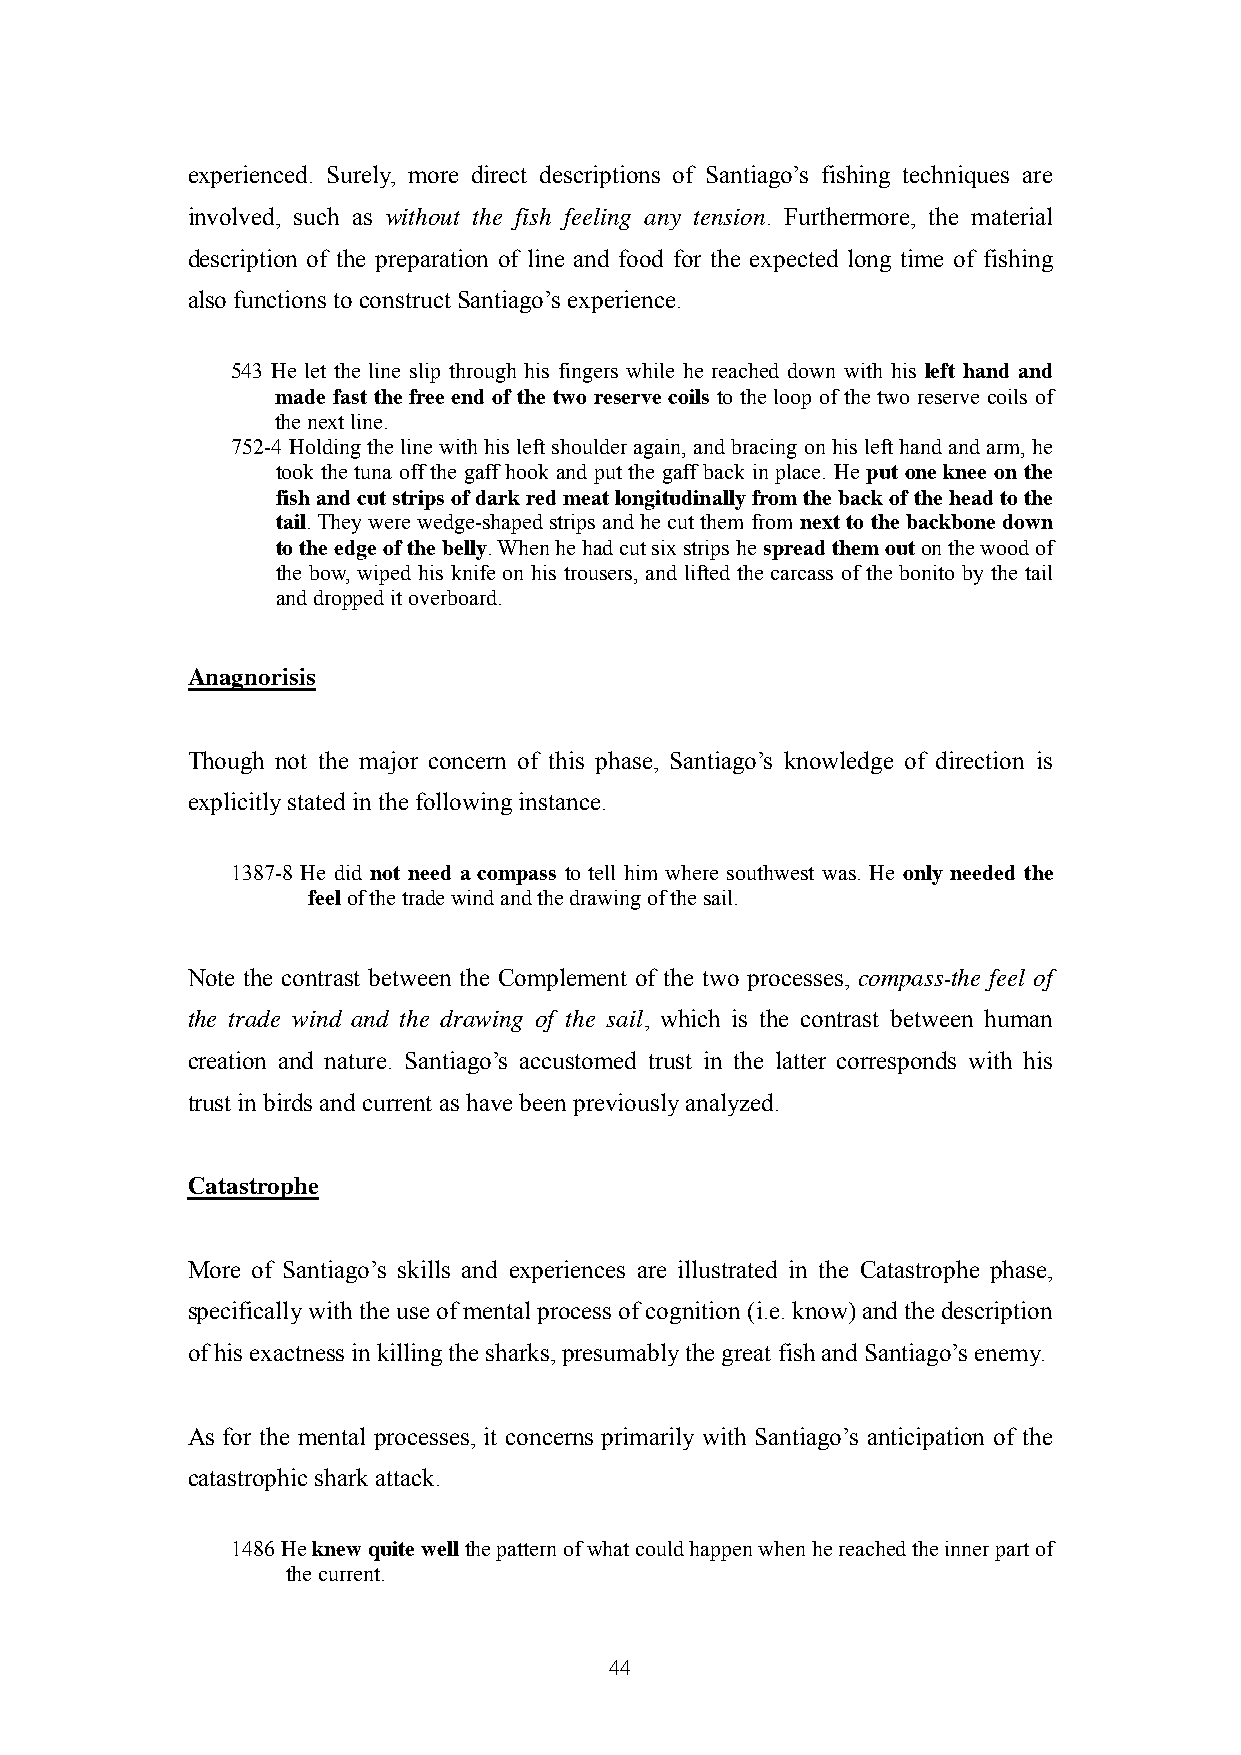
experienced. Surely, more direct descriptions of Santiago‘s fishing techniques are
 involved, such as without the fish feeling any tension. Furthermore, the material
 description of the preparation of line and food for the expected long time of fishing
 also functions to construct Santiago‘s experience.
 543 He let the line slip through his fingers while he reached down with his left hand and
 made fast the free end of the two reserve coils to the loop of the two reserve coils of
 the next line.
 752-4 Holding the line with his left shoulder again, and bracing on his left hand and arm, he
 took the tuna off the gaff hook and put the gaff back in place. He put one knee on the
 fish and cut strips of dark red meat longitudinally from the back of the head to the
 tail. They were wedge-shaped strips and he cut them from next to the backbone down
 to the edge of the belly. When he had cut six strips he spread them out on the wood of
 the bow, wiped his knife on his trousers, and lifted the carcass of the bonito by the tail
 and dropped it overboard.
 Anagnorisis
 Though not the major concern of this phase, Santiago‘s knowledge of direction is
 explicitly stated in the following instance.
 1387-8 He did not need a compass to tell him where southwest was. He only needed the
 feel of the trade wind and the drawing of the sail.
 Note the contrast between the Complement of the two processes, compass-the feel of
 the trade wind and the drawing of the sail, which is the contrast between human
 creation and nature. Santiago‘s accustomed trust in the latter corresponds with his
 trust in birds and current as have been previously analyzed.
 Catastrophe
 More of Santiago‘s skills and experiences are illustrated in the Catastrophe phase,
 specifically with the use of mental process of cognition (i.e. know) and the description
 of his exactness in killing the sharks, presumably the great fish and Santiago‘s enemy.
 As for the mental processes, it concerns primarily with Santiago‘s anticipation of the
 catastrophic shark attack.
 1486 He knew quite well the pattern of what could happen when he reached the inner part of
 the current.
 44